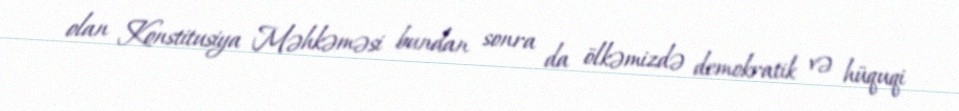
olan Konstitusiya Məhkəməsi bundan sonra da ölkəmizdə demokratik və hüquqi